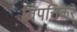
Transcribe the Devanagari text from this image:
विपत्तिकर